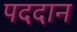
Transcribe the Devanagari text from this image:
पददान